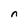
Character: n